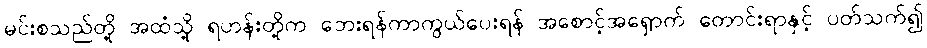
မင်းစသည်တို့ အထံသို့ ရဟန်းတို့က ဘေးရန်ကာကွယ်ပေးရန် အစောင့်အရှောက် တောင်းရာနှင့် ပတ်သက်၍